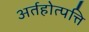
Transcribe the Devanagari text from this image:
अर्तहोत्पत्ति